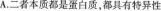
A一者本质都是蛋白质，都具有特异性